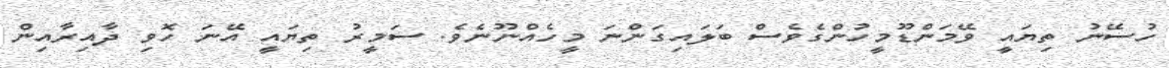
ހުސޭނު ތިޔައީ ވޭމަންޑޫމީހުންގެވެސް ބަލައިގަންނަ މީހެއްނޫނެވެ. ސަމީރު ތިޔައީ އޭނަ ހޮވި ދާއިރާއިން